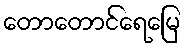
တောတောင်ရေမြေ